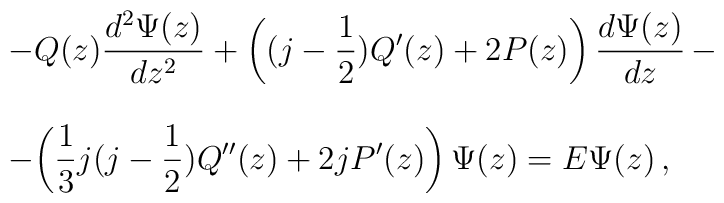
\begin{array}{l}\displaystyle{-Q(z)\frac{d^2 \Psi (z)}{dz^2 }+\left ((j-\frac{1}{2})Q'(z)+2P(z)\right )\frac{d\Psi (z)}{dz}}\,- \\  \\-\displaystyle{ \left ( \frac{1}{3}j(j-\frac{1}{2})Q''(z)+2jP'(z)\right )\Psi (z)=E\Psi (z)}\,,\end{array}